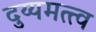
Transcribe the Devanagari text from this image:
दुय्यमत्त्व